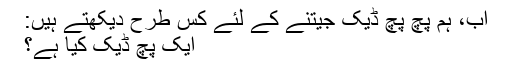
اب، ہم پچ پچ ڈیک جیتنے کے لئے کس طرح دیکھتے ہیں:
ایک پچ ڈیک کیا ہے؟